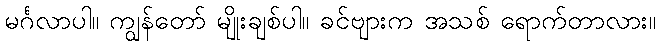
မင်္ဂလာပါ။ ကျွန်တော် မျိုးချစ်ပါ။ ခင်ဗျားက အသစ် ရောက်တာလား။